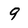
Character: 9